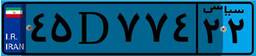
۴۵D۷۷۴۲۲